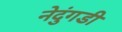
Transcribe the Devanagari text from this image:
नेदुंगडी